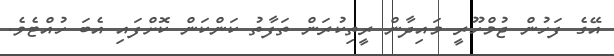
އޭގެ ފަހުން ޖުމްހޫރީ މައިދާން ރީތިކުރަން ތަފާތު ކަންކަން ކޮށްފައި އެބަ ހުއްޓެވެ.